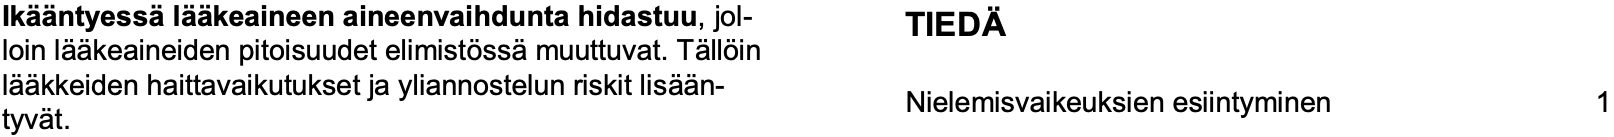
Ikääntyessälääkeaineen aineenvaihdunta hidastuu, jol- TIEDÄ loin lääkeaineiden pitoisuudet elimistössämuuttuvat. Tällöin lääkkeiden haittavaikutukset ja yliannostelun riskit lisään- Nielemisvaikeuksien esiintyminen 1 tyvät.